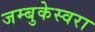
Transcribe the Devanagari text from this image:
जम्बुकेस्वरा